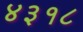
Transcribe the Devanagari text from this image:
४३१८